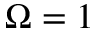
\Omega = 1